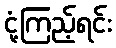
ငုံ့ကြည့်ရင်း